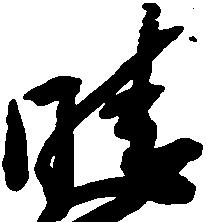
晴